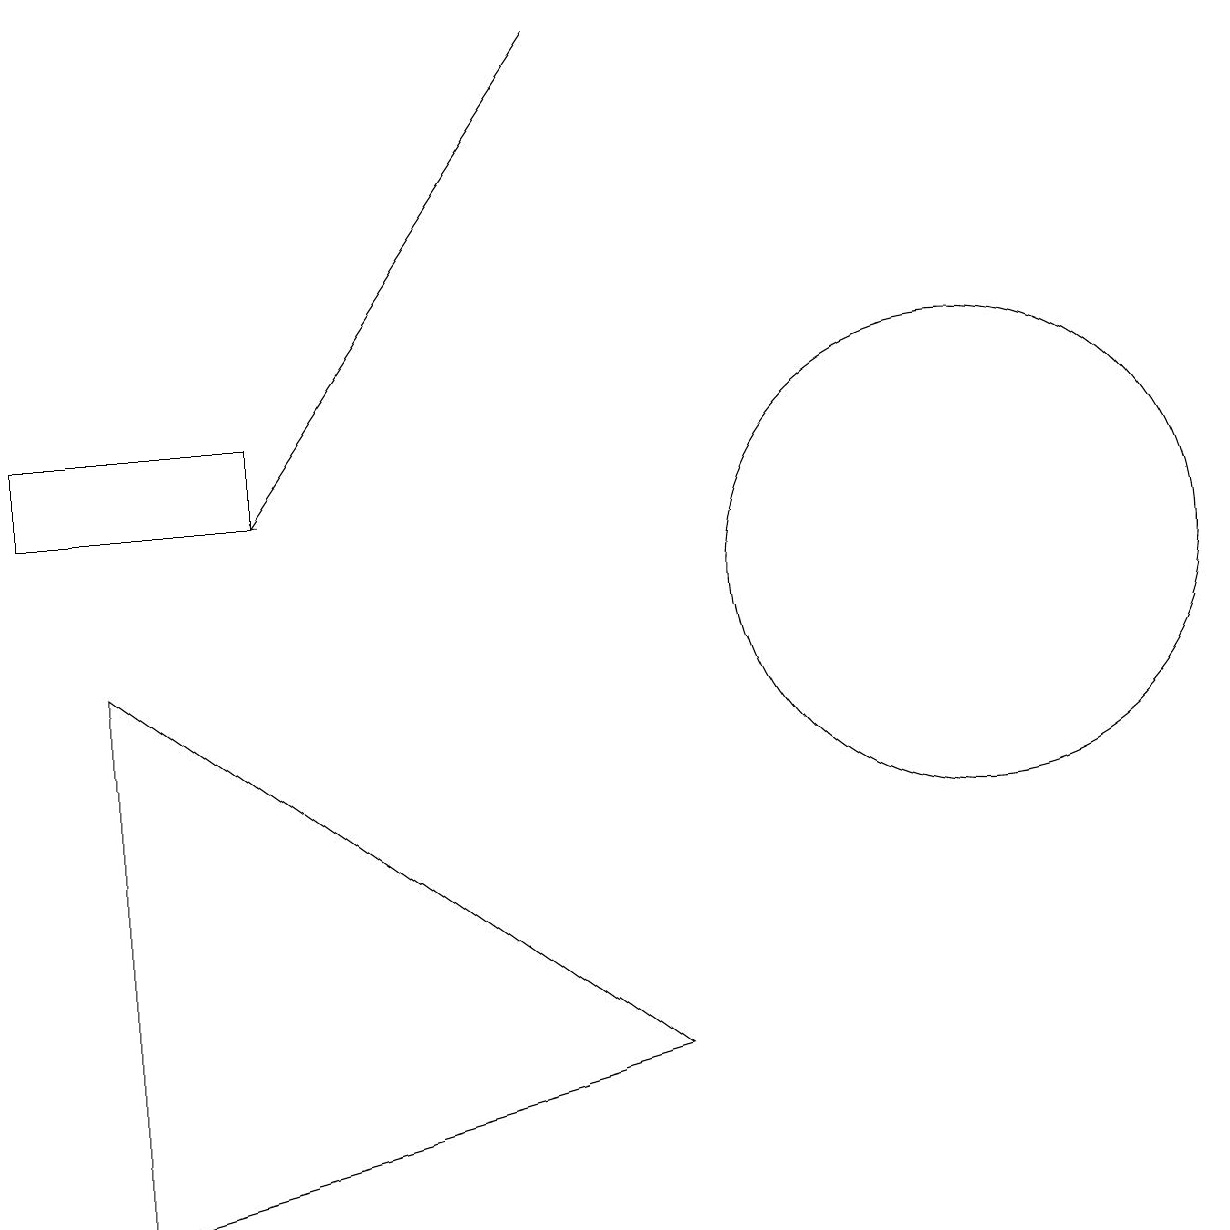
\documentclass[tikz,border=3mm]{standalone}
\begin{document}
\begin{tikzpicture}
\draw (1,9) -- (1,2) -- (8,4) -- cycle;
\draw (3,12) rectangle (0,11);
\draw[->] (7,17) -- (3,11);
\draw (12,10) circle (3);
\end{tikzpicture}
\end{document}